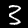
Label: 3